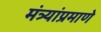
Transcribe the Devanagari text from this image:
मंत्र्यांप्रमाणे